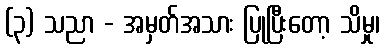
(၃) သညာ - အမှတ်အသား ပြုပြီးတော့ သိမှု၊